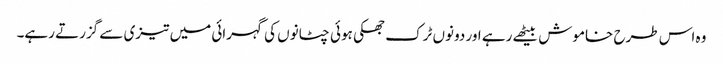
وہ اس طرح خاموش بیٹھے رہے اور دونوں ٹرک جھکی ہوئی چٹانوں کی گہرائی میں تیزی سے گزرتے رہے۔